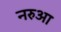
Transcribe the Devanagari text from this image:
नरुआ